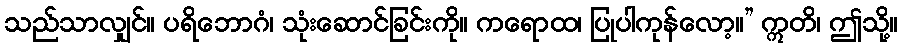
သည်သာလျှင်။ ပရိဘောဂံ၊ သုံးဆောင်ခြင်းကို။ ကရောထ၊ ပြုပါကုန်လော့။” ဣတိ၊ ဤသို့။